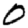
Digit: 0